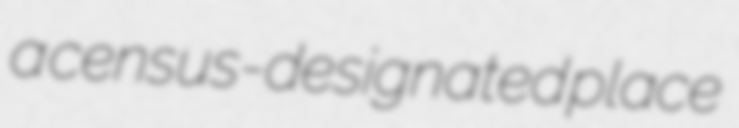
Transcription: a census-designated place